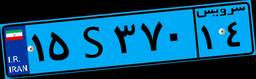
۰۸S۹۸۵۳۷